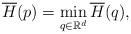
LaTeX: \begin{align*}\overline{H}(p)=\min_{q\in\mathbb{R}^d}\overline{H}(q),\end{align*}